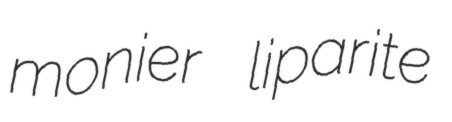
monier liparite